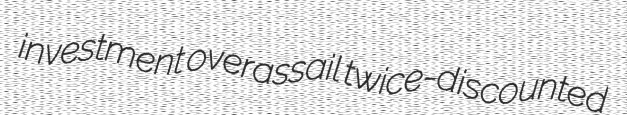
investment overassail twice-discounted